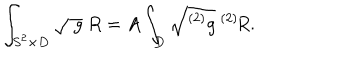
\int _ { S ^ { 2 } \times D } \sqrt { \ g } \ R = A \int _ { D } \sqrt { ^ { ( 2 ) } g } \ ^ { ( 2 ) } \! R .